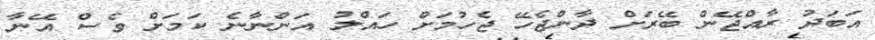
އަބަދު ރާއްޖޭން ބޭރަށް ދާންޖެހޭ ޖެހުމަށް ހައްލު އަންނާނެ ކަމަށް ވެސް އޭނާ